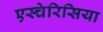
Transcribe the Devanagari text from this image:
एस्चेरिसिया